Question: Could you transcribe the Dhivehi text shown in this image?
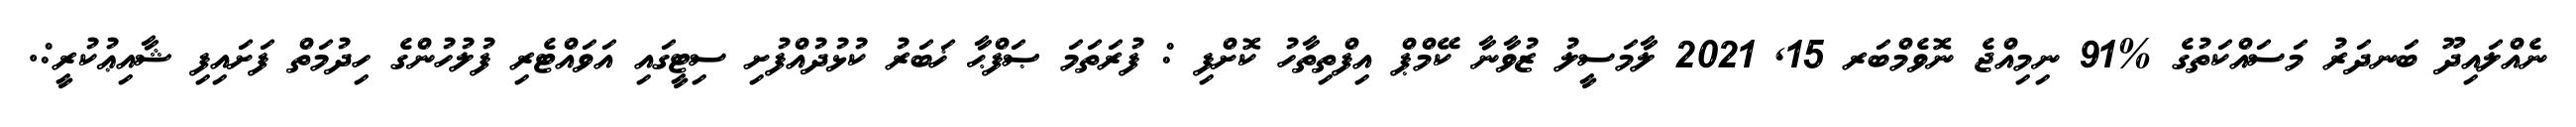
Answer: ނެއްލައިދޫ ބަނދަރު މަސައްކަތުގެ %91 ނިމިއްޖެ ނޮވެމްބަރ 15, 2021 ލާމަސީލު ޒުވާނާ ކޭމްޕް އިފްތިތާހު ކޮށްފި : ފުރަތަމަ ޞަފްޙާ ޚަބަރު ކުޅުދުއްފުށި ސިޓީގައި އަވައްޓެރި ފުލުހުންގެ ހިދުމަތް ފަށައިފި ޝާއިޢުކުރީ:.